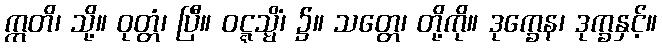
ဣတိ၊ သို့။ ဝုတ္တံ၊ ပြီ။ ဝဋ္ဋသ္မိံ၊ ၌။ သတ္တေ၊ တို့ကို။ ဒုက္ခေန၊ ဒုက္ခနှင့်။